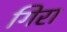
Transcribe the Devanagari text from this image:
गिरा